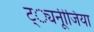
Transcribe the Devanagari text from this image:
ट््यनूीजिया